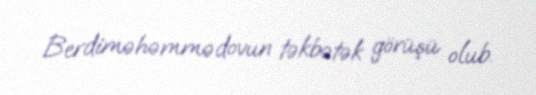
Berdiməhəmmədovun təkbətək görüşü olub.